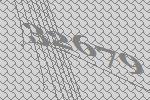
32679